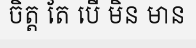
ចិត្ត តែ បើ មិន មាន